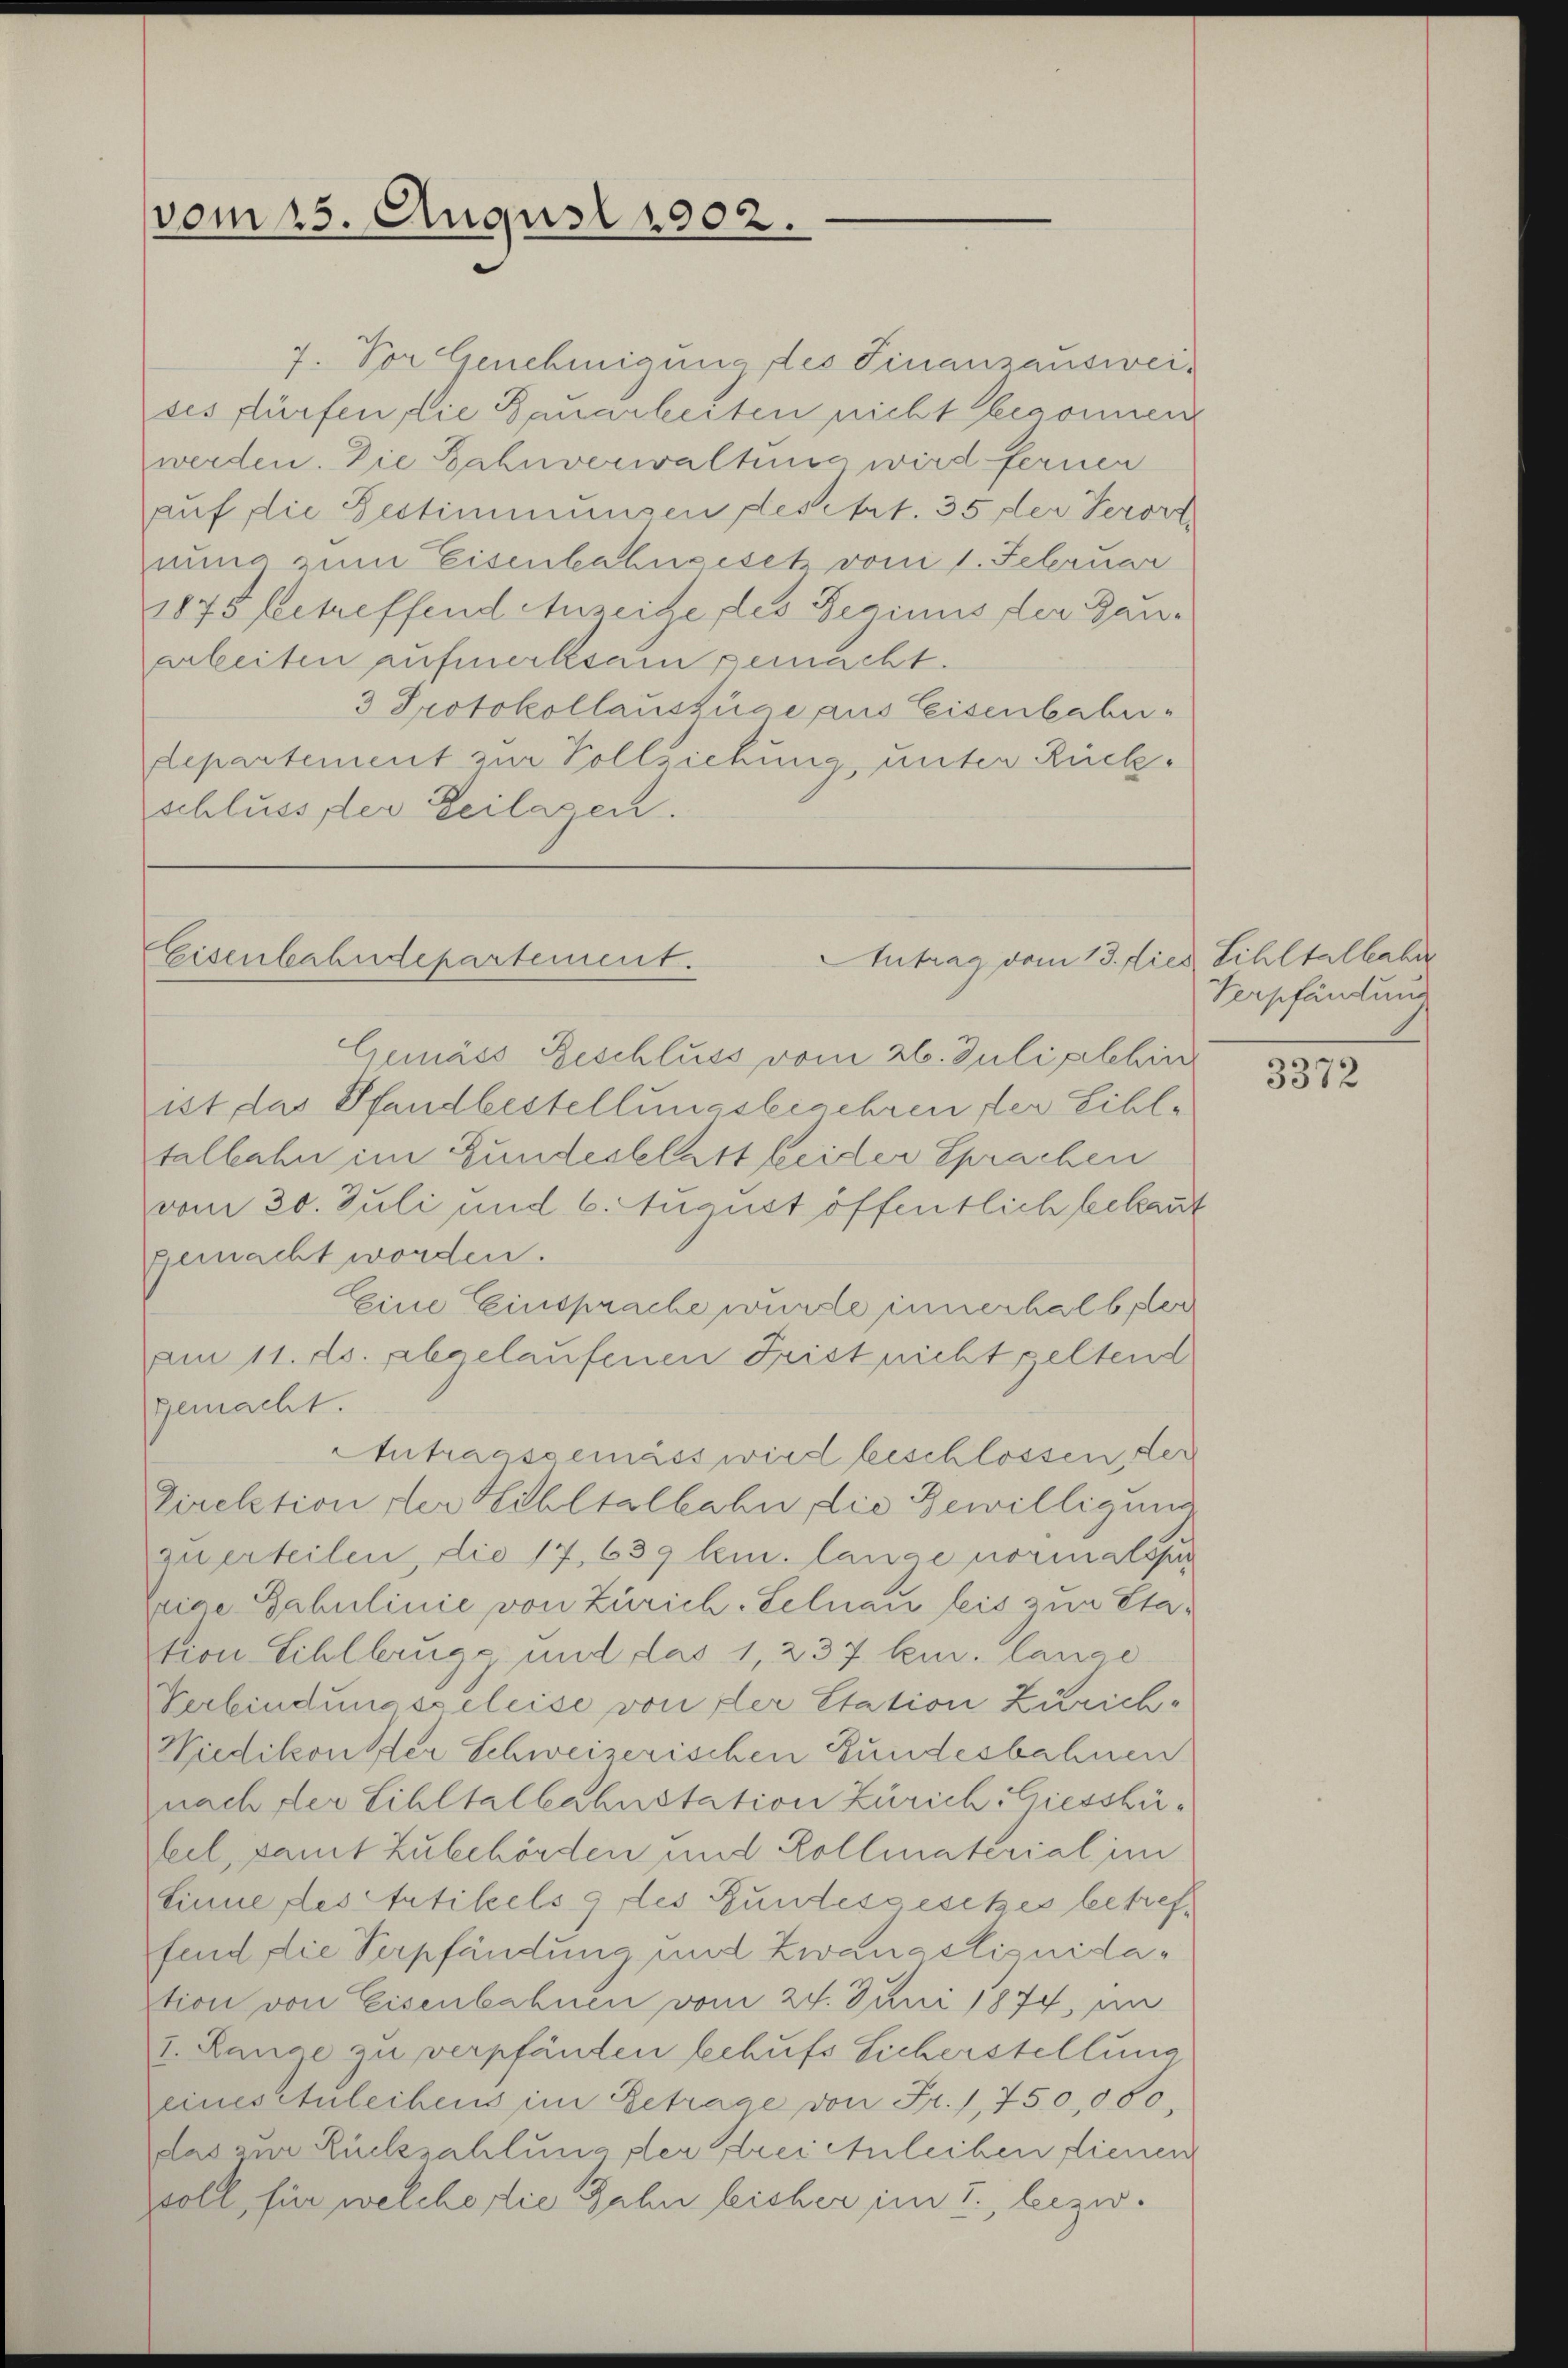
7. Vor Genehmigung des Finanzausweises dürfen, die Bauarbeiten nicht begonnen
werden. Die Zahnverwalters wird fernen
auf die Bestimmungen desitzt. 35 der Verort
nung zum Eisenbahngesetz von 1. Februar
1875 betreffend Anzeite des Beginns der Bauarbeiten aufmerksam gemacht.
3 Protokollauszüge aus Eisenbahndepartement zur Vollziehung, unter Rückschluss der Zeilasen.

vom 25. August 1902.

Eisenbahndepartement.
Antrag vom 13. die

Gemäss Beschluss vom 26. Juli plebin
ist das Pfandbestellungsbegehren der Sihltalbahn im Bundesblatt beider Sprachen
vom 30. Juli und 6. August öffentlich bekannt
gemacht worden.
Eine Einsprache wurde innerhalb der
am 11. ds. abgelaufenen Frist nicht geltend
gemacht.
Autragsgemäss wird beschlossen, der
Direktion der Hibltalbahn, die Bewilligung
zu erteilen, die 17, 639 kn. lange normalspur
Zeige Babulinie von Zürich-Lelnau leis zur Etastion Sihlbrugg und das 1, 237 leur, lange
Verbindungszeleise von der Station Zürich-
Wiedikonster Schweizerischen Bundesbahnen
nach der Sihltalbahnstation Zürich hiessbeteil, samt Zubehörden und Kollmaterial im
Sinne des Artikels & des Bundesgesetzes betreffend die Verpfändung und Zwangeliquidation von Eisenbahnen vom 24. Juni 1874, im
I. Range zu verpfänden behufs Sicherstellung
eines Anleihens im Betrage von Fr. 1750,000.
das zur Rückzahlung der Krei Anleihen, dienen
soll, für welche die Zahn leicher im 2., bezw.

Lihltalbahr
Verpfändung

3372